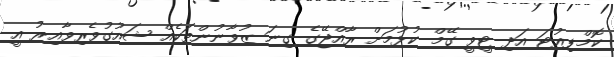
ކޮމްޕިއުޓަ އަދި ޓީވީ ގޭމް ކުޅުމަށް ރާއްޖޭގެ ގިނަ ޒުވާނުންތަކެއް ޝައުގުވެރިވާއިރު އީ